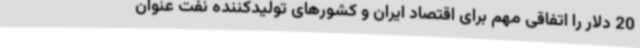
20 دلار را اتفاقی مهم برای اقتصاد ایران و کشورهای تولیدکننده نفت عنوان